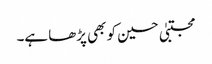
مجتبیٰ حسین کو بھی پڑھا ہے۔